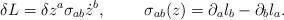
LaTeX: \begin{align*}\delta L = \delta z^a \sigma_{ab} \dot z^b, \ \ \ \ \ \ \ \sigma_{ab}(z) = \partial_a l_b - \partial_b l_a.\end{align*}